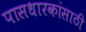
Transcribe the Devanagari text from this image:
पासधारकांसाठी